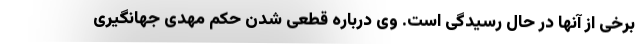
برخی از آنها در حال رسیدگی است. وی درباره قطعی شدن حکم مهدی جهانگیری